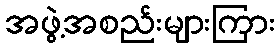
အဖွဲ့အစည်းများကြား